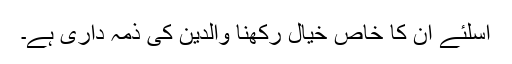
اسلئے ان کا خاص خیال رکھنا والدین کی ذمہ داری ہے۔